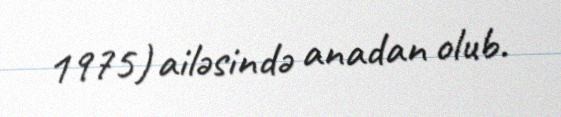
1975) ailəsində anadan olub.